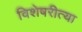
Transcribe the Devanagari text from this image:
विशेषरीत्या